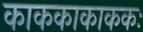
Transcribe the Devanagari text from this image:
काककाकाककः